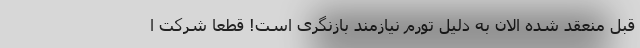
قبل منعقد شده الان به دلیل تورم نیازمند بازنگری است! قطعاً شرکت ا